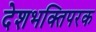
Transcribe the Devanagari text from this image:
देशभक्तिपरक